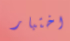
اختبار